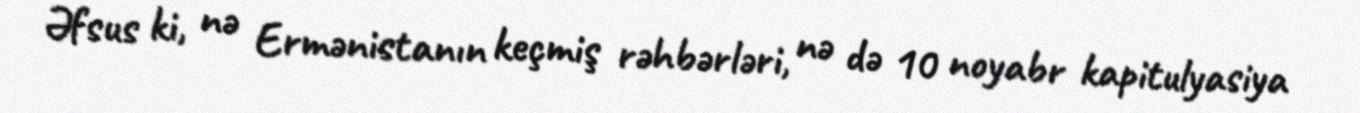
Əfsus ki, nə Ermənistanın keçmiş rəhbərləri, nə də 10 noyabr kapitulyasiya